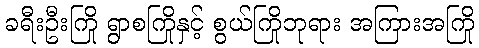
ခရီးဦးကြို ရွာစကြိုနှင့် စွယ်ကြိုဘုရား အကြားအကြို